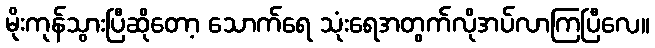
မိုးကုန်သွားပြီဆိုတော့ သောက်ရေ သုံးရေအတွက်လိုအပ်လာကြပြီလေ။